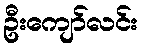
ဦးကျော်လင်း